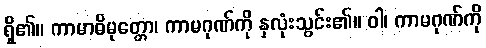
ရှိ၏။ ကာမာဓိမုတ္တော၊ ကာမဂုဏ်ကို နှလုံးသွင်း၏။ ဝါ၊ ကာမဂုဏ်ကို